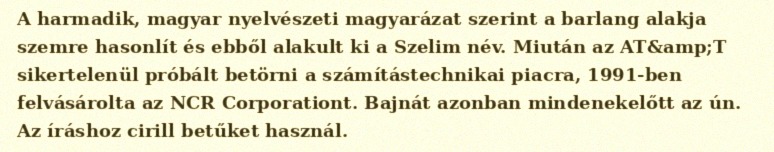
A harmadik, magyar nyelvészeti magyarázat szerint a barlang alakja szemre hasonlít és ebből alakult ki a Szelim név. Miután az AT&amp;T sikertelenül próbált betörni a számítástechnikai piacra, 1991-ben felvásárolta az NCR Corporationt. Bajnát azonban mindenekelőtt az ún. Az íráshoz cirill betűket használ.